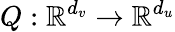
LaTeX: Q:\mathbb{R}^{d_{v}}\rightarrow\mathbb{R}^{d_{u}}